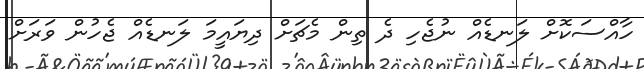
ހާއްސަކޮށް ލަނޑެއް ނުޖެހި ދެ ތިން މެޗަށް ދިޔައީމަ ލަނޑެއް ޖެހުން ވަރަށް